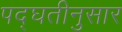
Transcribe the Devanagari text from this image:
पद्घतीनुसार